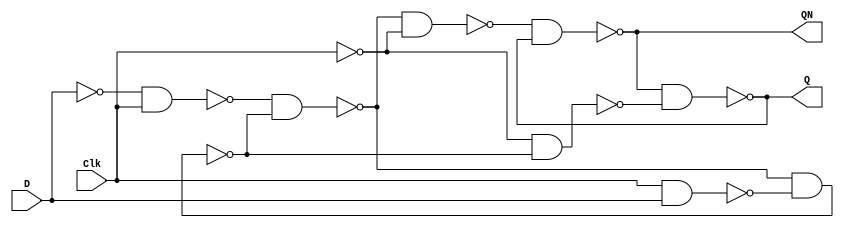
// This program was cloned from: https://github.com/regales/cpre281
// License: Apache License 2.0

// Copyright (C) 2023  Intel Corporation. All rights reserved.
// Your use of Intel Corporation's design tools, logic functions 
// and other software and tools, and any partner logic 
// functions, and any output files from any of the foregoing 
// (including device programming or simulation files), and any 
// associated documentation or information are expressly subject 
// to the terms and conditions of the Intel Program License 
// Subscription Agreement, the Intel Quartus Prime License Agreement,
// the Intel FPGA IP License Agreement, or other applicable license
// agreement, including, without limitation, that your use is for
// the sole purpose of programming logic devices manufactured by
// Intel and sold by Intel or its authorized distributors.  Please
// refer to the applicable agreement for further details, at
// https://fpgasoftware.intel.com/eula.

// PROGRAM		"Quartus Prime"
// VERSION		"Version 22.1std.1 Build 917 02/14/2023 SC Standard Edition"
// CREATED		"Fri Apr  5 13:13:22 2024"

module lab9step3a(
	Clk,
	D,
	Q,
	QN
);


input wire	Clk;
input wire	D;
output wire	Q;
output wire	QN;

wire	SYNTHESIZED_WIRE_13;
wire	SYNTHESIZED_WIRE_14;
wire	SYNTHESIZED_WIRE_2;
wire	SYNTHESIZED_WIRE_3;
wire	SYNTHESIZED_WIRE_4;
wire	SYNTHESIZED_WIRE_5;
wire	SYNTHESIZED_WIRE_6;
wire	SYNTHESIZED_WIRE_15;
wire	SYNTHESIZED_WIRE_10;
wire	SYNTHESIZED_WIRE_11;

assign	Q = SYNTHESIZED_WIRE_4;
assign	QN = SYNTHESIZED_WIRE_5;



assign	SYNTHESIZED_WIRE_6 = ~(SYNTHESIZED_WIRE_13 & SYNTHESIZED_WIRE_14);

assign	SYNTHESIZED_WIRE_11 = ~(SYNTHESIZED_WIRE_2 & Clk);

assign	SYNTHESIZED_WIRE_2 =  ~D;

assign	SYNTHESIZED_WIRE_5 = ~(SYNTHESIZED_WIRE_3 & SYNTHESIZED_WIRE_4);

assign	SYNTHESIZED_WIRE_4 = ~(SYNTHESIZED_WIRE_5 & SYNTHESIZED_WIRE_6);

assign	SYNTHESIZED_WIRE_3 = ~(SYNTHESIZED_WIRE_15 & SYNTHESIZED_WIRE_13);

assign	SYNTHESIZED_WIRE_13 =  ~Clk;

assign	SYNTHESIZED_WIRE_14 = ~(SYNTHESIZED_WIRE_15 & SYNTHESIZED_WIRE_10);

assign	SYNTHESIZED_WIRE_15 = ~(SYNTHESIZED_WIRE_11 & SYNTHESIZED_WIRE_14);

assign	SYNTHESIZED_WIRE_10 = ~(Clk & D);


endmodule